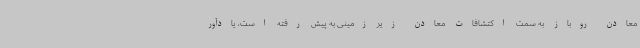
معادن روباز به سمت اکتشافات معادن زیر زمینی به پیش رفته است، یادآور